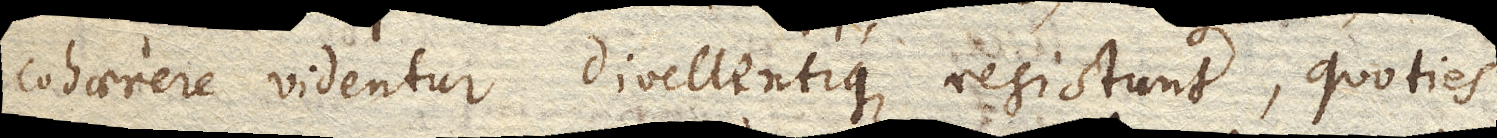
cohaerere videntur divellentique resistunt, quoties